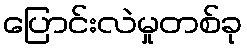
ပြောင်းလဲမှုတစ်ခု